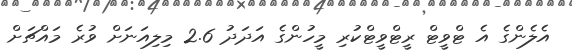
އެލެންގެ އެ ޓްވީޓް ރީޓްވީޓްކުރި މީހުންގެ އަދަދު 2.6 މިލިއަނަށް ވުރެ މައްޗަށް